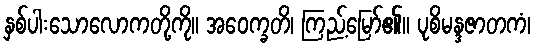
နှစ်ပါးသောလောကတို့ကို။ အဝေက္ခတိ၊ ကြည့်မြော်၏။ ပုစိမန္ဒဇာတကံ၊